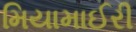
મિયામાઈરી